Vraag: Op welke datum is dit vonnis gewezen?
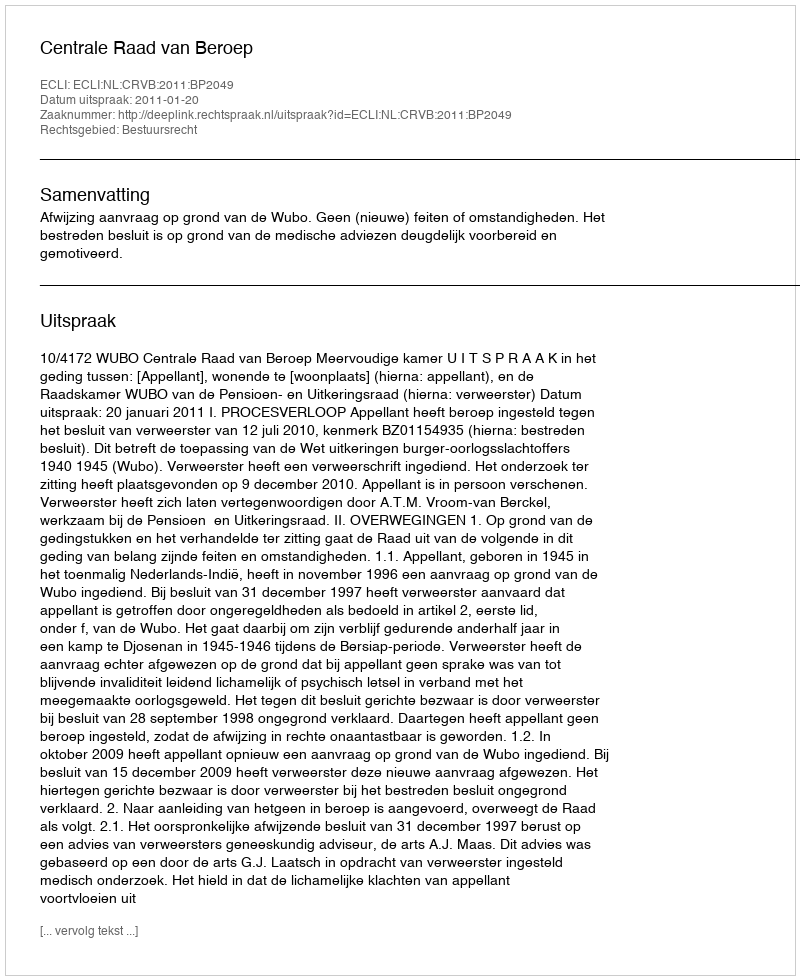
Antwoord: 2011-01-20